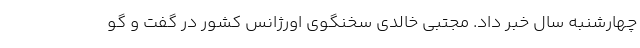
چهارشنبه سال خبر داد. مجتبی خالدی سخنگوی اورژانس کشور در گفت و گو